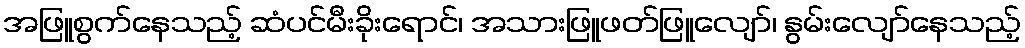
အဖြူစွက်နေသည့် ဆံပင်မီးခိုးရောင်၊ အသားဖြူဖတ်ဖြူလျော်၊ နွမ်းလျော်နေသည့်